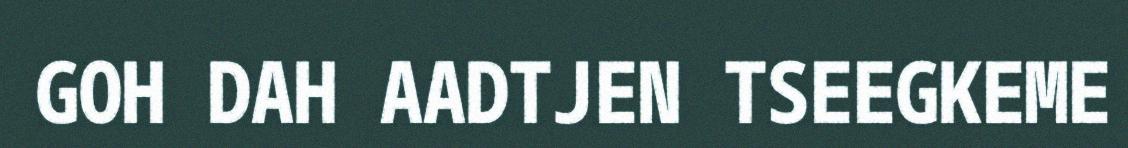
GOH DAH AADTJEN TSEEGKEME